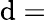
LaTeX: \mathrm{d}=